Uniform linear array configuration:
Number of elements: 12
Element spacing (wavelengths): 1
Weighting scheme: binomial
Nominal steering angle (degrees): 0
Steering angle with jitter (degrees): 0.2613
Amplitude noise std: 0.05
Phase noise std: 0.05

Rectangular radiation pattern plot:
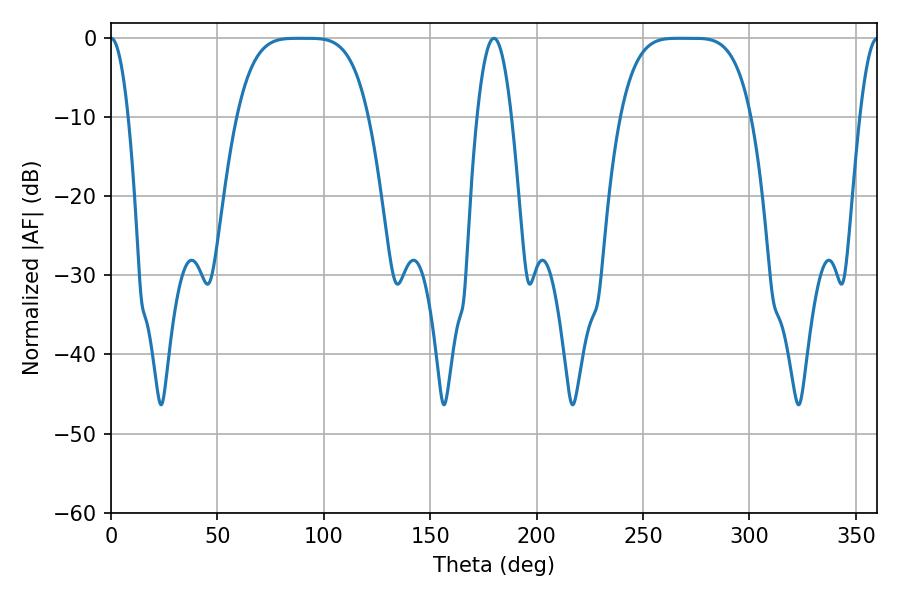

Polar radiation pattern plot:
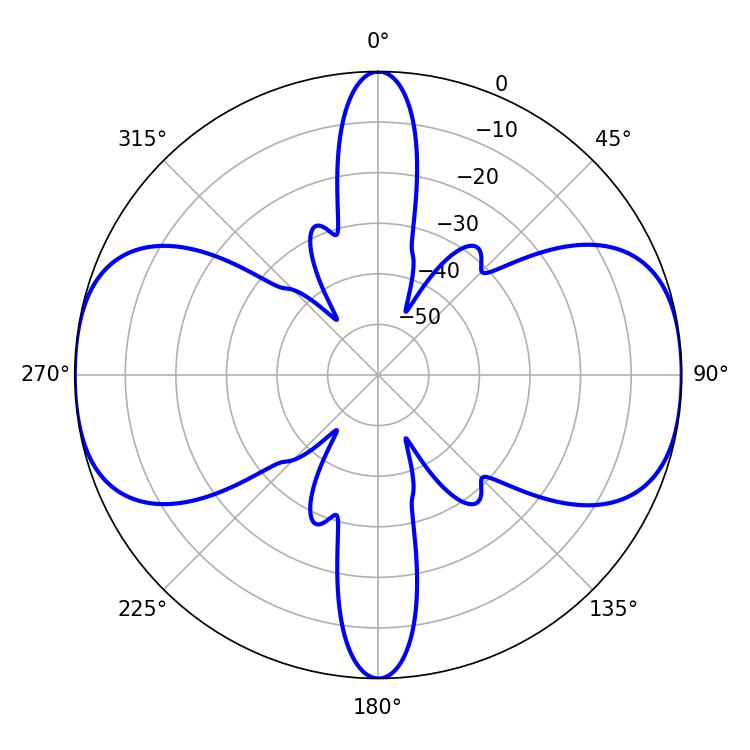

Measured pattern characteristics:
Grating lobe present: TRUE
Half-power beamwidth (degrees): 45.72
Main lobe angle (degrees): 272.7